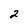
Character: 2